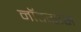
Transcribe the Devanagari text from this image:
नॉटग्रास